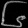
Digit: ၆